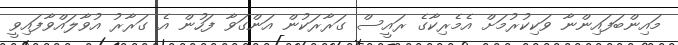
މައިންބަފައިންނާ ވަކިކުރުމަށް އެމެރިކާގެ ރައީސް ގަރާރަކުން އަންގަވާ ފަހުން އެ ގަރާރު އުވާލައްވާފައިވީ